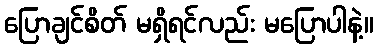
ပြောချင်စိတ် မရှိရင်လည်း မပြောပါနဲ့။